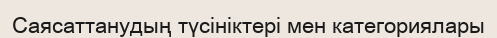
Саясаттанудың түсініктері мен категориялары